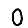
Digit: 0